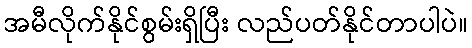
အမီလိုက်နိုင်စွမ်းရှိပြီး လည်ပတ်နိုင်တာပါပဲ။